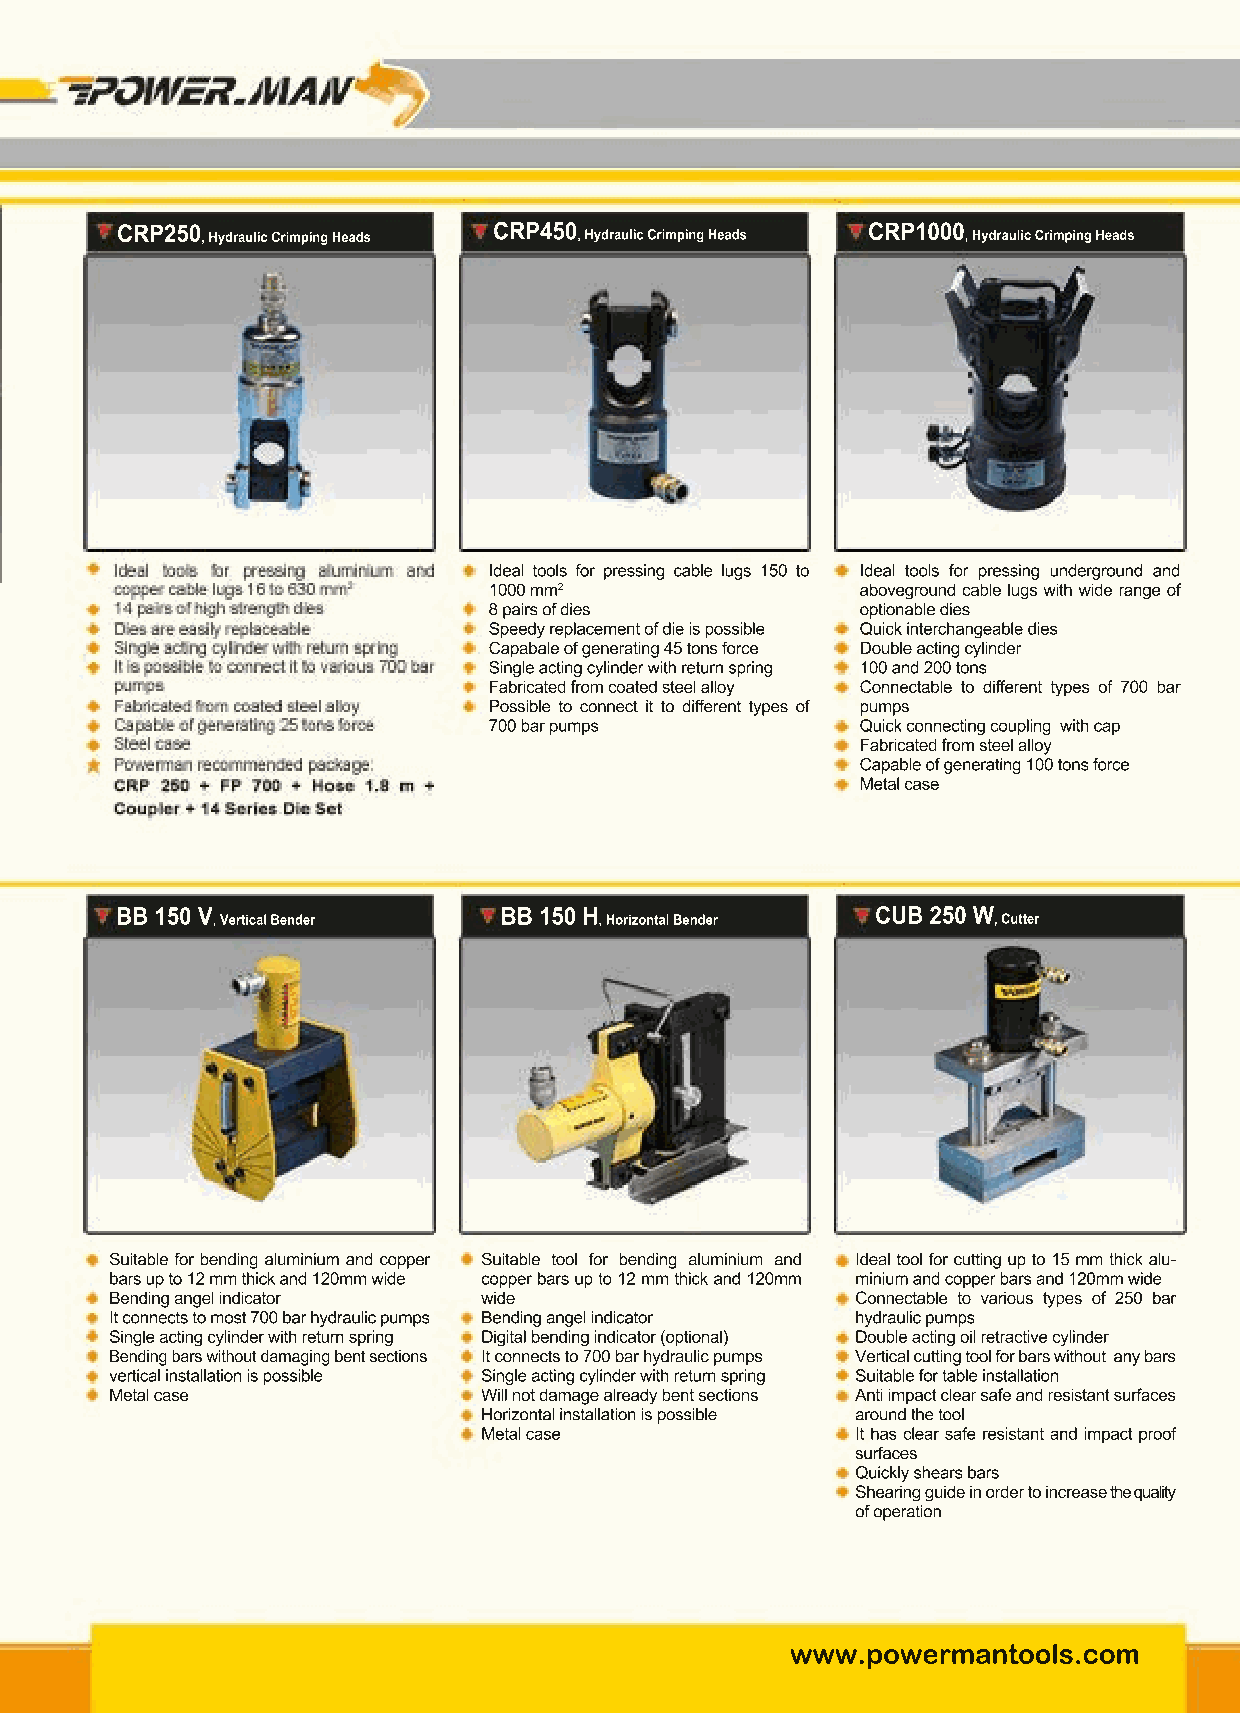
CRP250 , Hydraulic Crimping Heads CRP450 , Hydraulic Crimping Heads CRP1000 , Hydraulic Crimping Heads
 Ideal tools for pressing cable lugs 150 to Ideal tools for pressing underground and
 1000 mm2                 aboveground cable lugs with wide range of
 8 pairs of dies          optionable dies
 Speedy replacement of die is possible Quick interchangeable dies
 Capabale of generating 45 tons force Double acting cylinder
 Single acting cylinder with return spring 100 and 200 tons
 Fabricated from coated steel alloy CCoonnnneeccttaabbllee ttoo ddiiffffeerreenntt ttyyppeess ooff 770000 bbaarr
 PPoossssiibbllee ttoo ccoonnnneecctt iitt ttoo ddiiffffeerreenntt ttyyppeess ooff pumps
 700 bar pumps            Quick connecting coupling with cap
 Fabricated from steel alloy
 Capable of generating 100 tons force
 Metal case
 BB 150 V , Vertical Bender BB 150 H , Horizontal Bender CUB 250 W , Cutter
 Suitable for bending aluminium and copper Suitable tool for bending aluminium and Ideal tool for cutting up to 15 mm thick alu-
 bars up to 12 mm thick and 120mm wide copper bars up to 12 mm thick and 120mm minium and copper bars and 120mm wide
 Bending angel indicator  wide                     Connectable to various types of 250 bar
 It connects to most 700 bar hydraulic pumps Bending angel indicator hydraulic pumps
 Single acting cylinder with return spring Digital bending indicator (optional) Double acting oil retractive cylinder
 Bending bars without damaging bent sections It connects to 700 bar hydraulic pumps Vertical cutting tool for bars without any bars
 vertical installation is possible Single acting cylinder with return spring Suitable for table installation
 MMeettaall ccaassee      WWiillll nnoott ddaammaaggee aallrreeaaddyy bbeenntt sseeccttiioonnss Anti impact clear safe and resistant surfaces
 Horizontal installation is possible around the tool
 Metal case               It has clear safe resistant and impact proof
 surfaces
 Quickly shears bars
 Shearing guide in order to increase the quality
 of operation
 www.powermantools.com